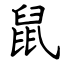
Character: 鼠